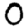
Digit: 0